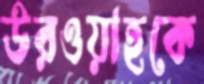
উরওয়াহকে